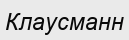
Клаусманн